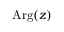
\mathrm { A r g } ( z )